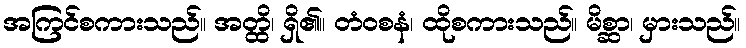
အကြင်စကားသည်။ အတ္ထိ၊ ရှိ၏။ တံဝစနံ၊ ထိုစကားသည်။ မိစ္ဆာ၊ မှားသည်။